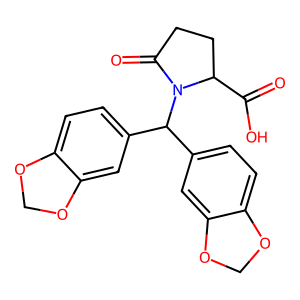
SMILES: O=C(O)C1CCC(=O)N1C(c1ccc2c(c1)OCO2)c1ccc2c(c1)OCO2
Inhibits HIV replication: No